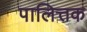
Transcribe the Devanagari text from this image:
पालित्तक